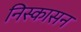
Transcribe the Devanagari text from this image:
निस्कासन